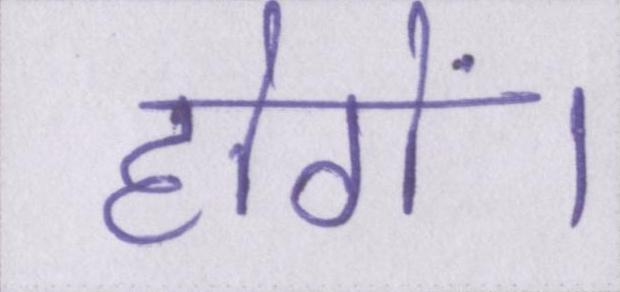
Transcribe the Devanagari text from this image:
होगें।